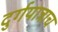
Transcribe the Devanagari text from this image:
दुर्गयात्राच